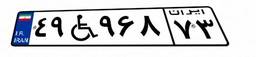
۴۹W۹۶۸۷۳